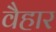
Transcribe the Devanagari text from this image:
वैहार